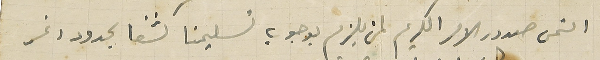
التمس صدور الامر الكريم لمن يلزم بوجوب تسليمنا كشفا بحدود ونمر